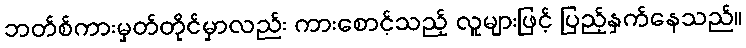
ဘတ်စ်ကားမှတ်တိုင်မှာလည်း ကားစောင့်သည့် လူများဖြင့် ပြည့်နှက်နေသည်။